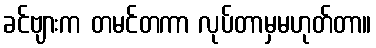
ခင်ဗျားက တမင်တကာ လုပ်တာမှမဟုတ်တာ။